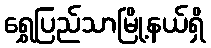
ရွှေပြည်သာမြို့နယ်ရှိ